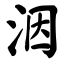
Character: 洇